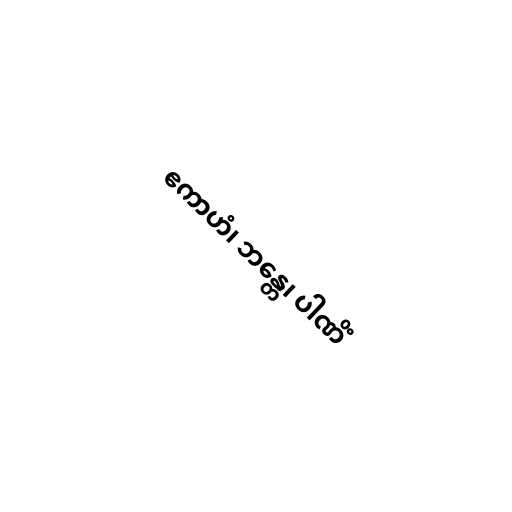
ဧကာဟံ၊ ဘန္တေ၊ ပါဏိံ